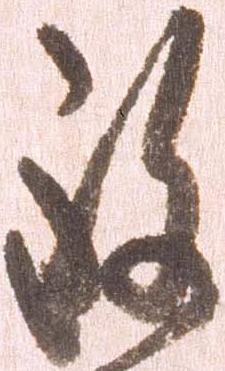
致